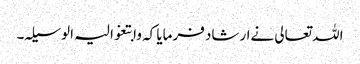
اللہ تعالی نےارشاد فرمایا کہ وابتغوا لیہ الوسیلہ۔